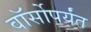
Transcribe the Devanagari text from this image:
वॉर्सोपर्यंत